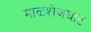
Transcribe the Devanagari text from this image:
माळशेजघाट